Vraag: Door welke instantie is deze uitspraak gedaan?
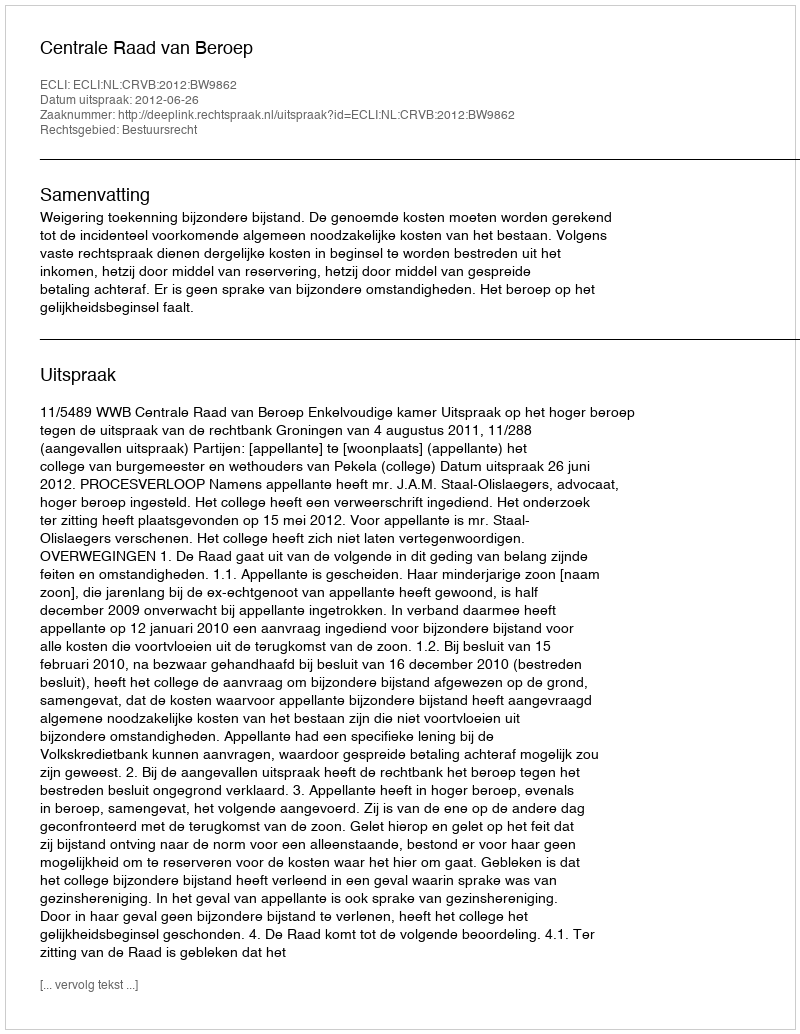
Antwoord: Centrale Raad van Beroep